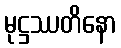
မုဋ္ဌဿတိနော